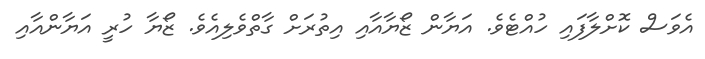
އެވަސް ކޮށްލާފައި ހުއްޓެވެ. އަޔާން ޒޯޔާއާއި އިތުރަށް ގާތްވެލިއެވެ. ޒޯޔާ ހުރީ އަޔާންއާއި